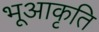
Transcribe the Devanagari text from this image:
भूआकृति